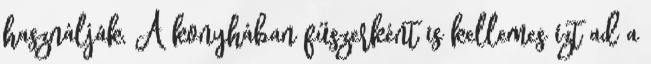
használják, A konyhában fűszerként is kellemes ízt ad a